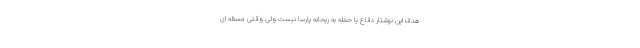
هدف این نوشتار دفاع یا حمله به ریحانه پارسا نیست ولی وقتی مسئله ای